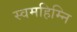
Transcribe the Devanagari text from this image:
स्वमहिम्नि